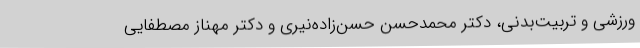
ورزشی و تربیت‌بدنی، دکتر محمدحسن حسن‌زاده‌نیری و دکتر مهناز مصطفایی